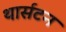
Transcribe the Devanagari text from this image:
थार्सटन